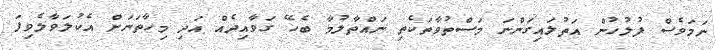
ނަމަވެސް ފުލުހުން އަތުލައިގަންނަ މަސްތުވާތަކެތި ނައްތާލުމާ ބެހޭ ގަވާއިދެއް އަދި މިހާތަނަށް އެކުލަވާލެވިފަ